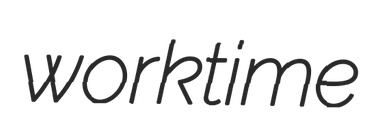
worktime